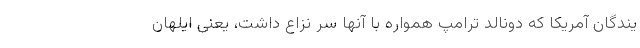
یندگان آمریکا که دونالد ترامپ همواره با آنها سر نزاع داشت، یعنی ایلهان